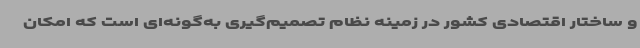
و ساختار اقتصادی کشور در زمینه نظام تصمیم‌گیری به‌گونه‌ای است که امکان